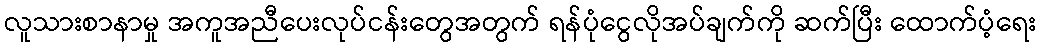
လူသားစာနာမှု အကူအညီပေးလုပ်ငန်းတွေအတွက် ရန်ပုံငွေလိုအပ်ချက်ကို ဆက်ပြီး ထောက်ပံ့ရေး